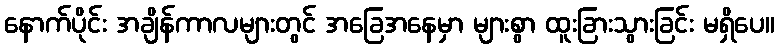
နောက်ပိုင်း အချိန်ကာလများတွင် အခြေအနေမှာ များစွာ ထူးခြားသွားခြင်း မရှိပေ။